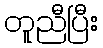
တူညီပြီး